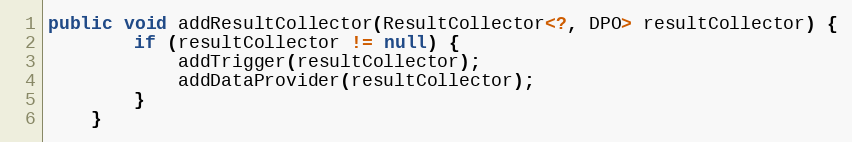
Language: Java
public void addResultCollector(ResultCollector<?, DPO> resultCollector) {
        if (resultCollector != null) {
            addTrigger(resultCollector);
            addDataProvider(resultCollector);
        }
    }